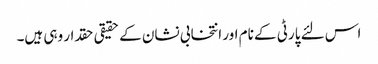
اس لئے پارٹی کے نام اور انتخابی نشان کے حقیقی حقدار وہی ہیں۔